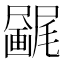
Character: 𫥯